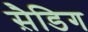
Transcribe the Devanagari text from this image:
स़ैडिग